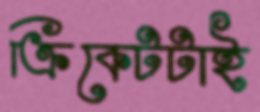
ক্রিকেটটাই